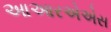
આઆરએએસ